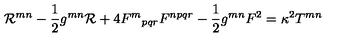
{ \cal { R } } ^ { m n } - \frac { 1 } { 2 } g ^ { m n } { \cal { R } } + 4 { F ^ { m } } _ { p q r } F ^ { n p q r } - \frac { 1 } { 2 } g ^ { m n } F ^ { 2 } = \kappa ^ { 2 } T ^ { m n }